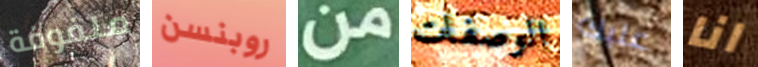
ملفوفة روبنسن من الوصفات عليك انا